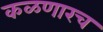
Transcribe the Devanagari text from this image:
कळणारच